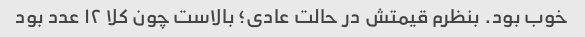
خوب بود. بنظرم قیمتش در حالت عادی؛ بالاست چون کلا ۱۲ عدد بود